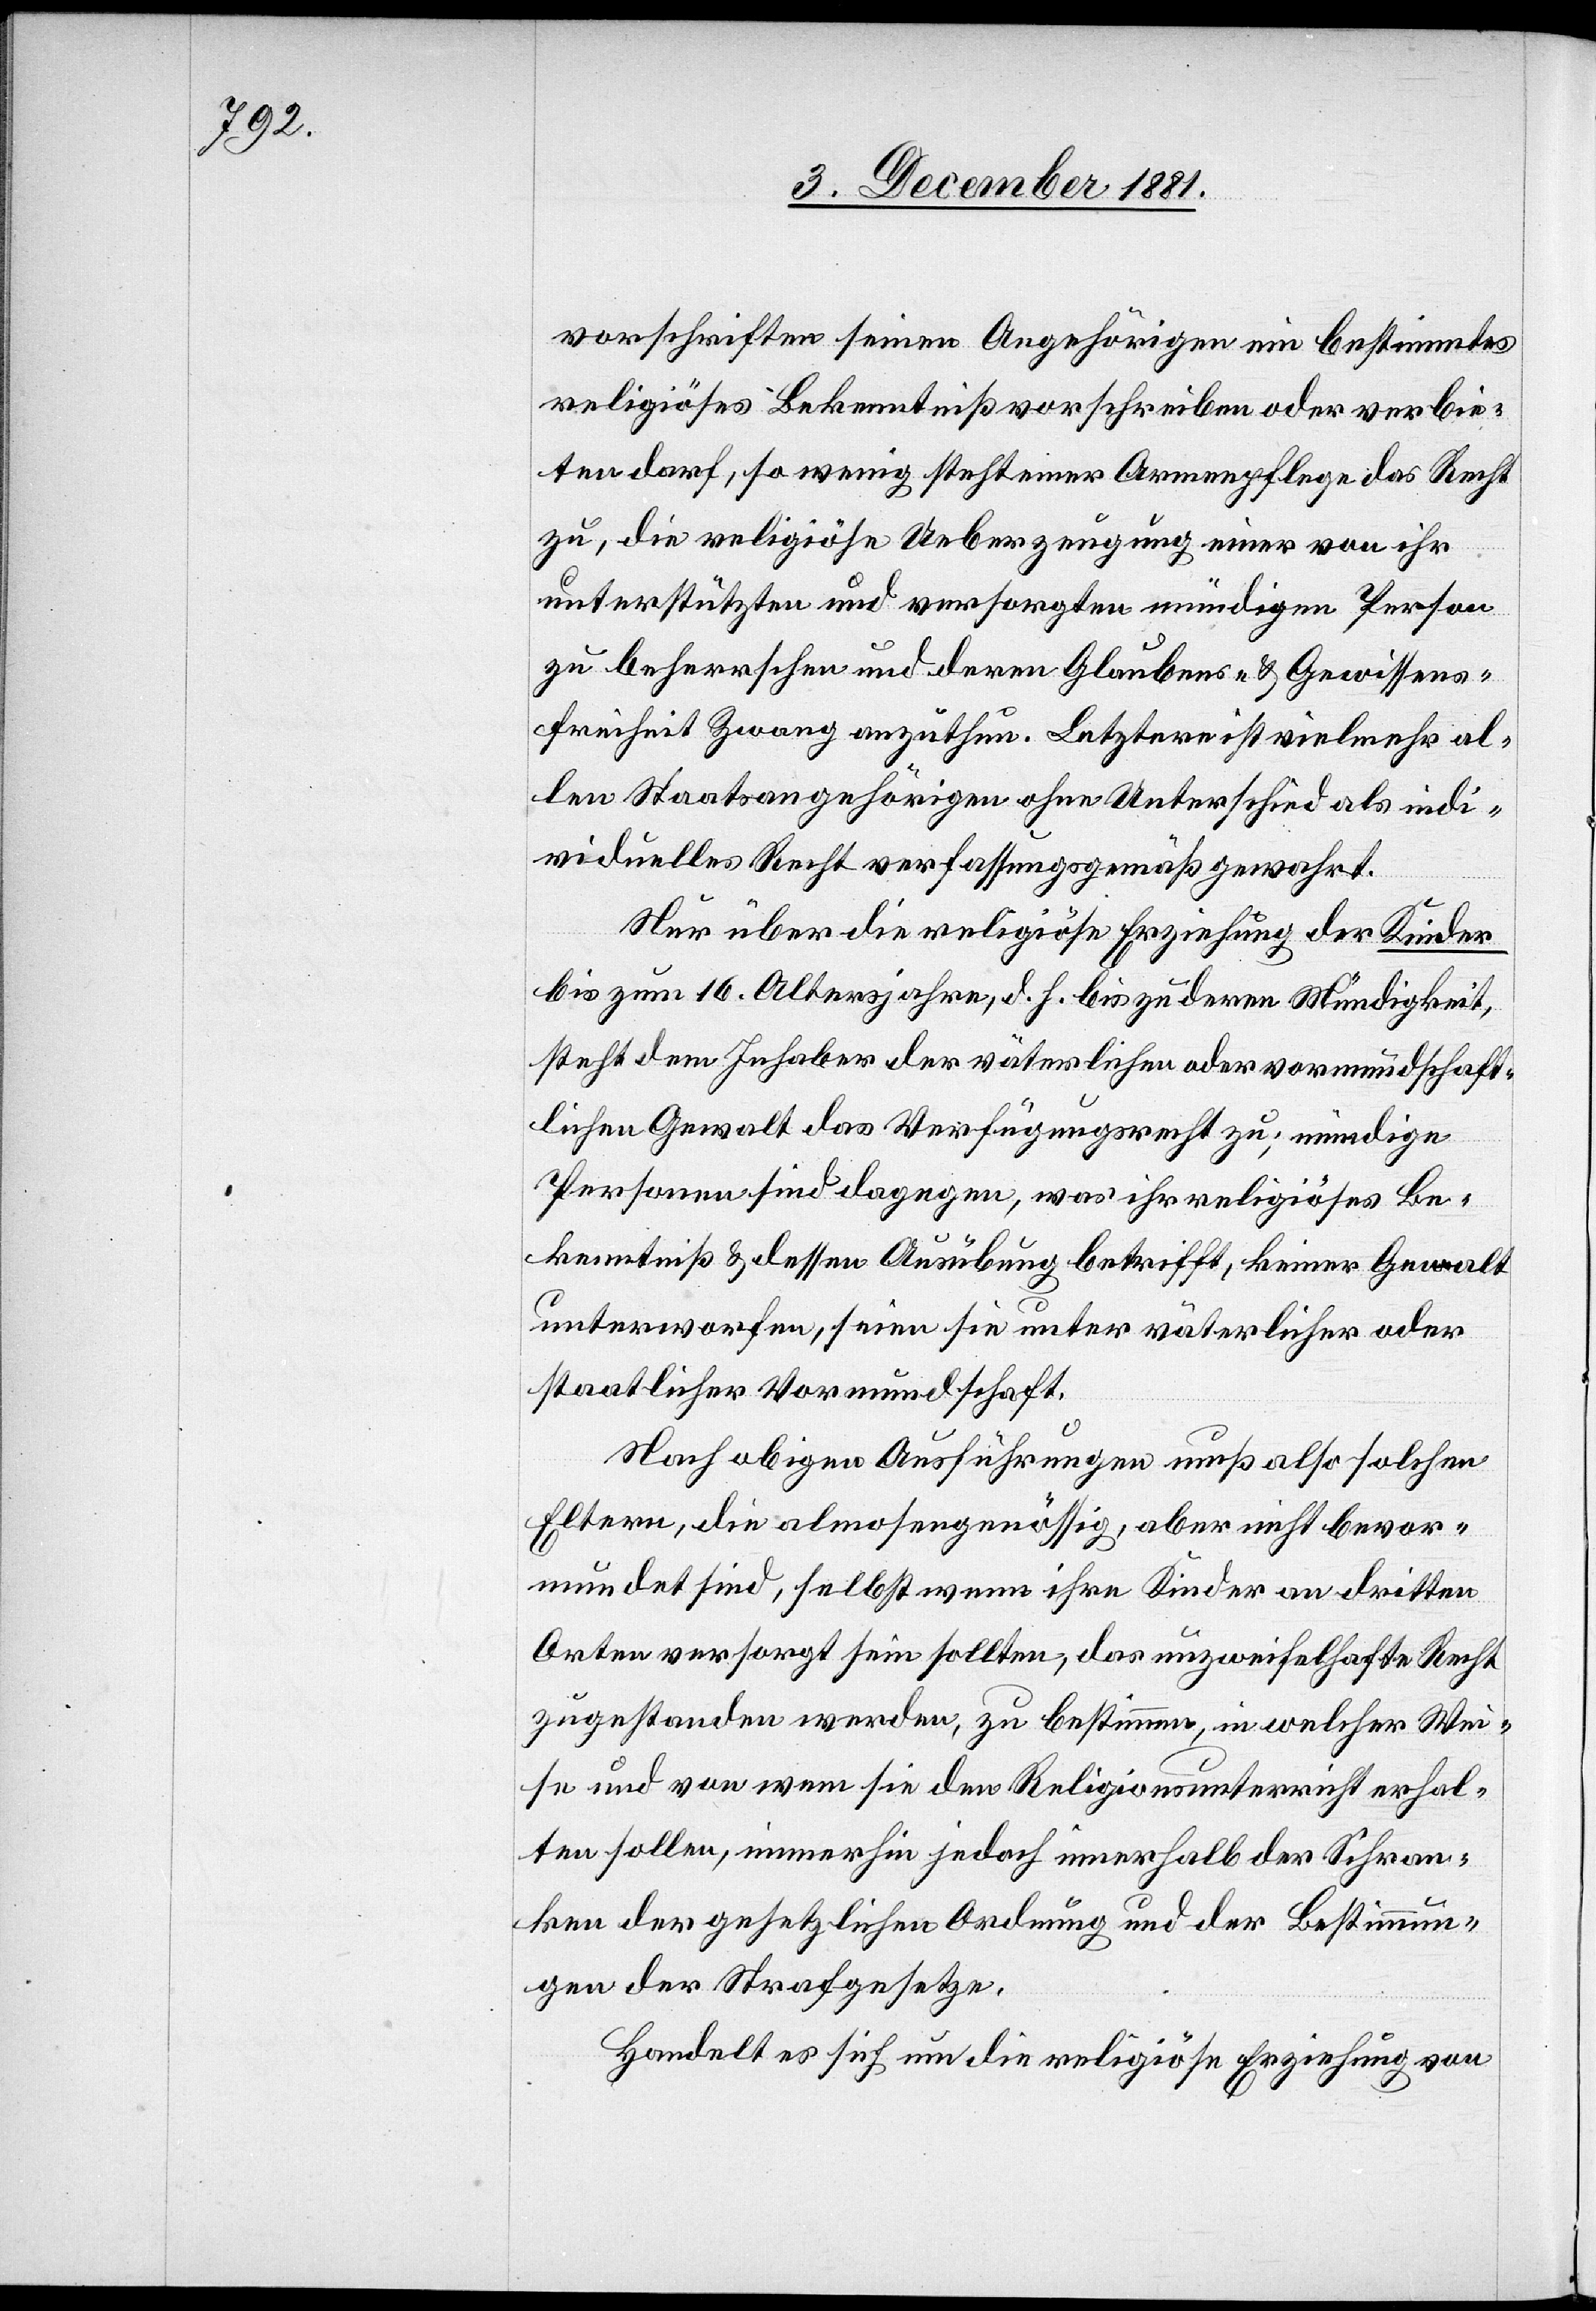
vorschriften seinen Angehörigen ein bestimmtes
religiöses Bekenntniß vorschreiben oder verbie¬
ten darf, so wenig steht einer Armenpflege das Recht
zu, die religiöse Ueberzeugung einer von ihr
unterstützten und versorgten mündigen Person
zu beherrschen und deren Glaubens- & Gewissens¬
freiheit Zwang anzuthun. Letztere ist vielmehr al¬
len Staatsangehörigen ohne Unterschied als indi¬
viduelles Recht verfassungsgemäß gewahrt.
Nur über die religiöse Erziehung der Kinder
bis zum 16. Altersjahr, d. h. bis zu deren Mündigkeit,
steht dem Inhaber der väterlichen oder vormundschaft¬
lichen Gewalt das Verfügungsrecht zu; mündige
Personen sind dagegen, was ihr religiöses Be¬
kenntniß & dessen Ausübung betrifft, keiner Gewalt
unterworfen, seien sie unter väterlicher oder
staatlicher Vormundschaft.
Nach obigen Ausführungen muß also solchen
Eltern, die almosengenössig, aber nicht bevor¬
mundet sind, selbst wenn ihre Kinder an dritten
Orten versorgt sein sollten, das unzweifelhafte Recht
zugestanden werden, zu bestimmen, in welcher Wei¬
se und von wem sie den Religionsunterricht erhal¬
ten sollen, immerhin jedoch innerhalb der Schran¬
ken der gesetzlichen Ordnung und der Bestimmun¬
gen der Strafgesetze.
Handelt es sich um die religiöse Erziehung von